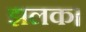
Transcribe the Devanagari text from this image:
झलक।